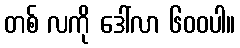
တစ် လကို ဒေါ်လာ ၆၀၀ပါ။